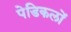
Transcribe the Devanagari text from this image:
पेडिकलों